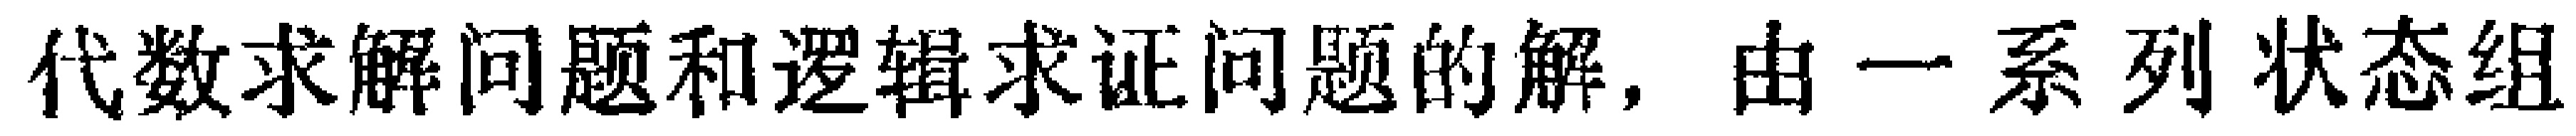
代数求解问题和逻辑求证问题的解，由一系列状态组